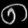
Digit: ၈